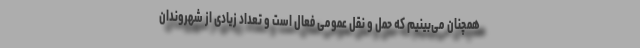
همچنان می‌بینیم که حمل و نقل عمومی فعال است و تعداد زیادی از شهروندان